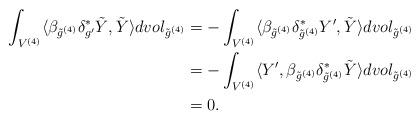
LaTeX: \begin{align*}\int_{V^{(4)}}\langle \beta_{\tilde g^{(4)}}\delta^*_{g'}\tilde Y,\tilde Y\rangle dvol_{\tilde g^{(4)}}&=-\int_{V^{(4)}}\langle \beta_{\tilde g^{(4)}}\delta^*_{\tilde g^{(4)}}Y',\tilde Y\rangle dvol_{\tilde g^{(4)}}\\&=-\int_{V^{(4)}}\langle Y',\beta_{\tilde g^{(4)}}\delta^*_{\tilde g^{(4)}}\tilde Y\rangle dvol_{\tilde g^{(4)}}\\&=0.\end{align*}